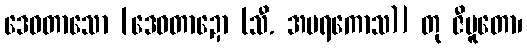
ဒေဝတာသော [ဒေဝတာဍော (သီ. အမရကောသ)] တု ဇီမူတော၊